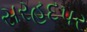
સરહદપર